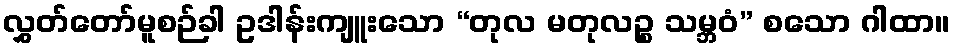
လွှတ်တော်မူစဉ်ခါ ဥဒါန်းကျူးသော “တုလ မတုလဉ္စ သမ္ဘဝံ” စသော ဂါထာ။